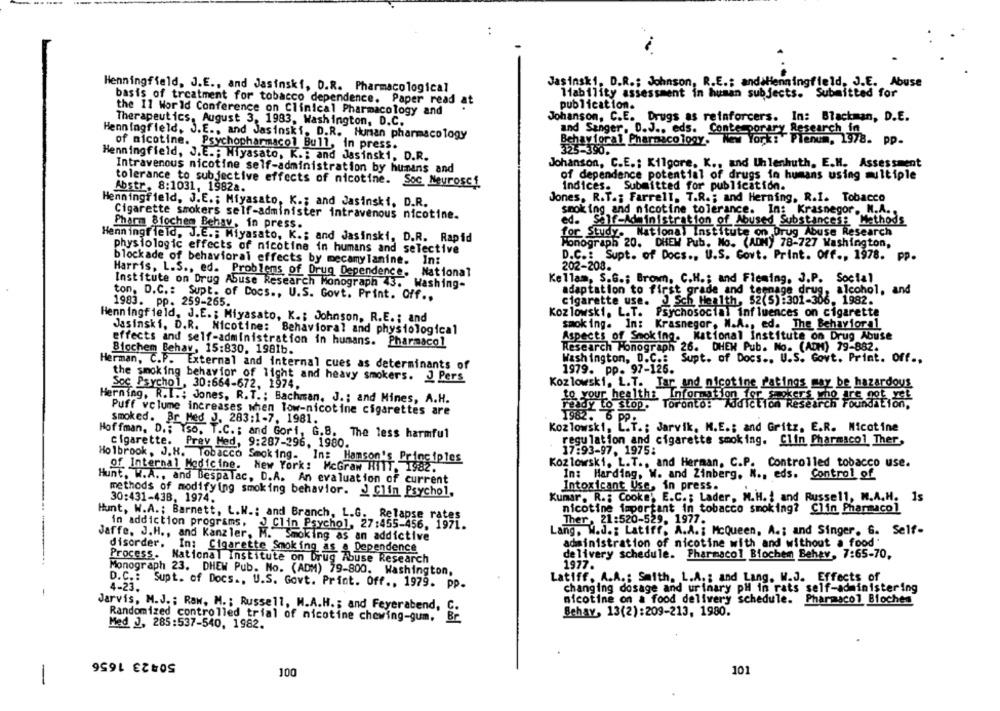
:
Jasinski, D.R .; Johnson, R.E .: andsHenningfield, J.E. Abuse
Henningfield, J.E ., and Jasinski, D.R. Pharmacological
liability assessment in human subjects. Submitted for
basis of treatment for tobacco dependence. Paper read at
publication.
the 11 World Conference on Clinical Pharmacology and
Johanson, C.E. Drugs as reinforcers. In: Blackman, D.E.
Therapeutics, August 3, 1983, Washington, D.C.
Henningfield, J.E ., and Jasinski, D.R. Hunsan pharmacology
and Sanger, D.J ., eds. Conte porary Research in
Bchayforal Pharmacology. New York: Plenum, 1978. pp.
of nicotine. Psychopharmacol Bull, in press.
Henningfield, J.E .; Miyasato, K .: and Jasinski, D.R.
Johanson, C.E .; Kilgore. K ., and Uhlenhuth, E.H. Assessment
Intravenous nicotine self-administration by humans and
of dependence potential of drugs in humans using multiple
tolerance to subjective effects of nicotine. Soc Neuroscf
Abstr, 8:1031, 1982a.
Indices. Submitted for publication.
Jones, R.T .; Farrell. T.R .; and Herning, R.I. Tobacco
Henningfield, J.E .; Miyasato, K .; and Jasinski, D.R.
smoking and nicotine tolerance. In: Krasnegor, N.A.
Cigarette smokers self-administer intravenous nicotine.
Pharm 8fochem Behav, in press.
ed. Self-Administration of Abused Substances: Methods
for Study. National Institute on Drug Abuse Research
Henningfield. J.E .; Miyasato, K .; and Jasinski, D.R. Rapid
Monograph 20. DHEM Pub. No. (ADM) 78-727 Washington,
physiologic effects of nicotine in humans and selective
D.C .: Supt. of Docs ., U.S. Govt. Print. Off ., 1978. pp.
blockade of behavioral effects by mecamylanine. In:
202-208.
Harris, L.S ., ed. Problems of Drug Dependence.
National
Kellam, S.G .; Brown, C.H .; and Fleming, J.P. Social
Institute on Drug Abuse Research Monograph 43. Washing-
adaptation to first grade and teenage drug, alcohol, and
ton. D.C .: Supt. of Docs ., U.S. Govt. Print. Off ..
1983. pp. 259-265.
cigarette use. J Sch Health, 52(5):301-306. 1982.
Kozlowski, L.T. Psychosocial influences on cigarette
Henningfield, J.E .; Miyasato, K .; Johnson, R.E. : and
smoking. In: Krasnegor, W.A ., ed. The Behavior a1
Jasinski, D.R. Nicotine: Behavioral and physiological
effects and self-administration in humans. Pharmacol
Aspects of Smoking.
National Institute on Drug Abuse
Research Monograph 26. DHEW Pub. No. (ADM) 79-882.
Biochem Behav, 15:830. 1981b.
Washington, D.C .:
Supt. of Docs .. U.S. Govt. Print. Off .,
Herman, C.P. External and internal cues as determinants of
1979. pp. 97-125.
the smoking behavior of light and heavy smokers. J Pers
Kozlowski. L.T. Tar and nicotine Patings may be hazardous
Soc Psychol, 30:664-672, 1974.
ho are not yet
Herning. R.I .: Jones, R.T .: Bachman. J .; and Mines, A.H.
ready to stop. Toronto: Addiction Researc
Puff volume increases when low-nicotine cigarettes are
to your healtha Information 194 heures Foundation,
smoked. Br Med J. 283:1-7, 1981.
1982. 6 pp:
Hoffman, D .; Tso. T.C .; and Gori, G.B. The less harmful
Kozlowski, L.T .; Jarvik, M.E .; and Gritz, E.R. Nicotine
cigarette.
regulation and cigarette smoking. Clin Pharmacol Ther,
Prey Med, 9:287-296, 1980.
17:93-97. 1975:
Holbrook, J. H. Tobacco Smoking. In: Hamson's Principles
Kozlowski. L.T ., and Herman, C.P. Controlled tobacco use.
of Internal Medicine.
New York: McGraw RITT. 1982.
In: Harding, W. and Zinberg. N ., eds. Control of
Hunt. W.A ., and Bespalac, D.A. An evaluation of current
Intoxicant Use, in press.
methods of modifying smoking behavior. J Clin Psychol,
Kumar. R .: Cooke; E.C .; Lader, M.H. I and Russell, M.A.H. 1s
30:431-438, 1974.
nicotine important in tobacco smoking? Clin Pharmacol
Hunt, W.A .; Barnett, L.W .: and Branch, L.G. Relapse rates
in addiction programs,
JClin Psychol, 27:455-456. 1971.
Ther, 21:520-529. 1977.
Lang, W.d .: Latiff, A.A .; McQueen, A .; and Singer. G. Self-
Jaffe, J.H ., and Kanzler, M. Smoking as an addictive
disorder.
administration of nicotine with and without a food"
In: Cigarette Smoking as a Dependence
delivery schedule. Pharmacol Biochem Behav, 7:65-70,
Process.
National Institute on Drug Abuse Research
1977.
Monograph 23. DHEW Pub. No. (ADM) 79-800. Washington,
D.C .:
Latiff, A.A .: Smith. L.A. ; and Lang. W.J. Effects of
4-23.
Supt. of Docs ., U.S. Govt. Print. Off ., 1979. pp.
changing dosage and urinary pH in rats self-administering
nicotine on a food delivery schedule. Pharmacol Blochen
Jarvis, M.J. : Raw, M. ; Russell, M.A.H. ; and Feyerabend, C.
Randomized controlled trial of nicotine chewing-gum.
Br
Behay, 13(2):209-213, 1980.
Med J, 285:537-540, 1982.
50423 1656
101
100
-